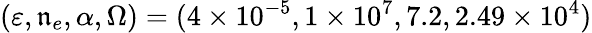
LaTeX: (\varepsilon,\mathfrak{n}_{e},\alpha,\Omega)=(4\times10^{-5},1\times10^{7},7.2,2.49\times10^{4})